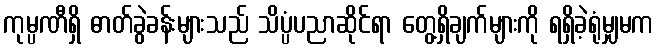
ကုမ္ပဏီရှိ ဓာတ်ခွဲခန်းများသည် သိပ္ပံပညာဆိုင်ရာ တွေ့ရှိချက်များကို ရရှိခဲ့ရုံမျှမက